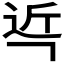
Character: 𮞌